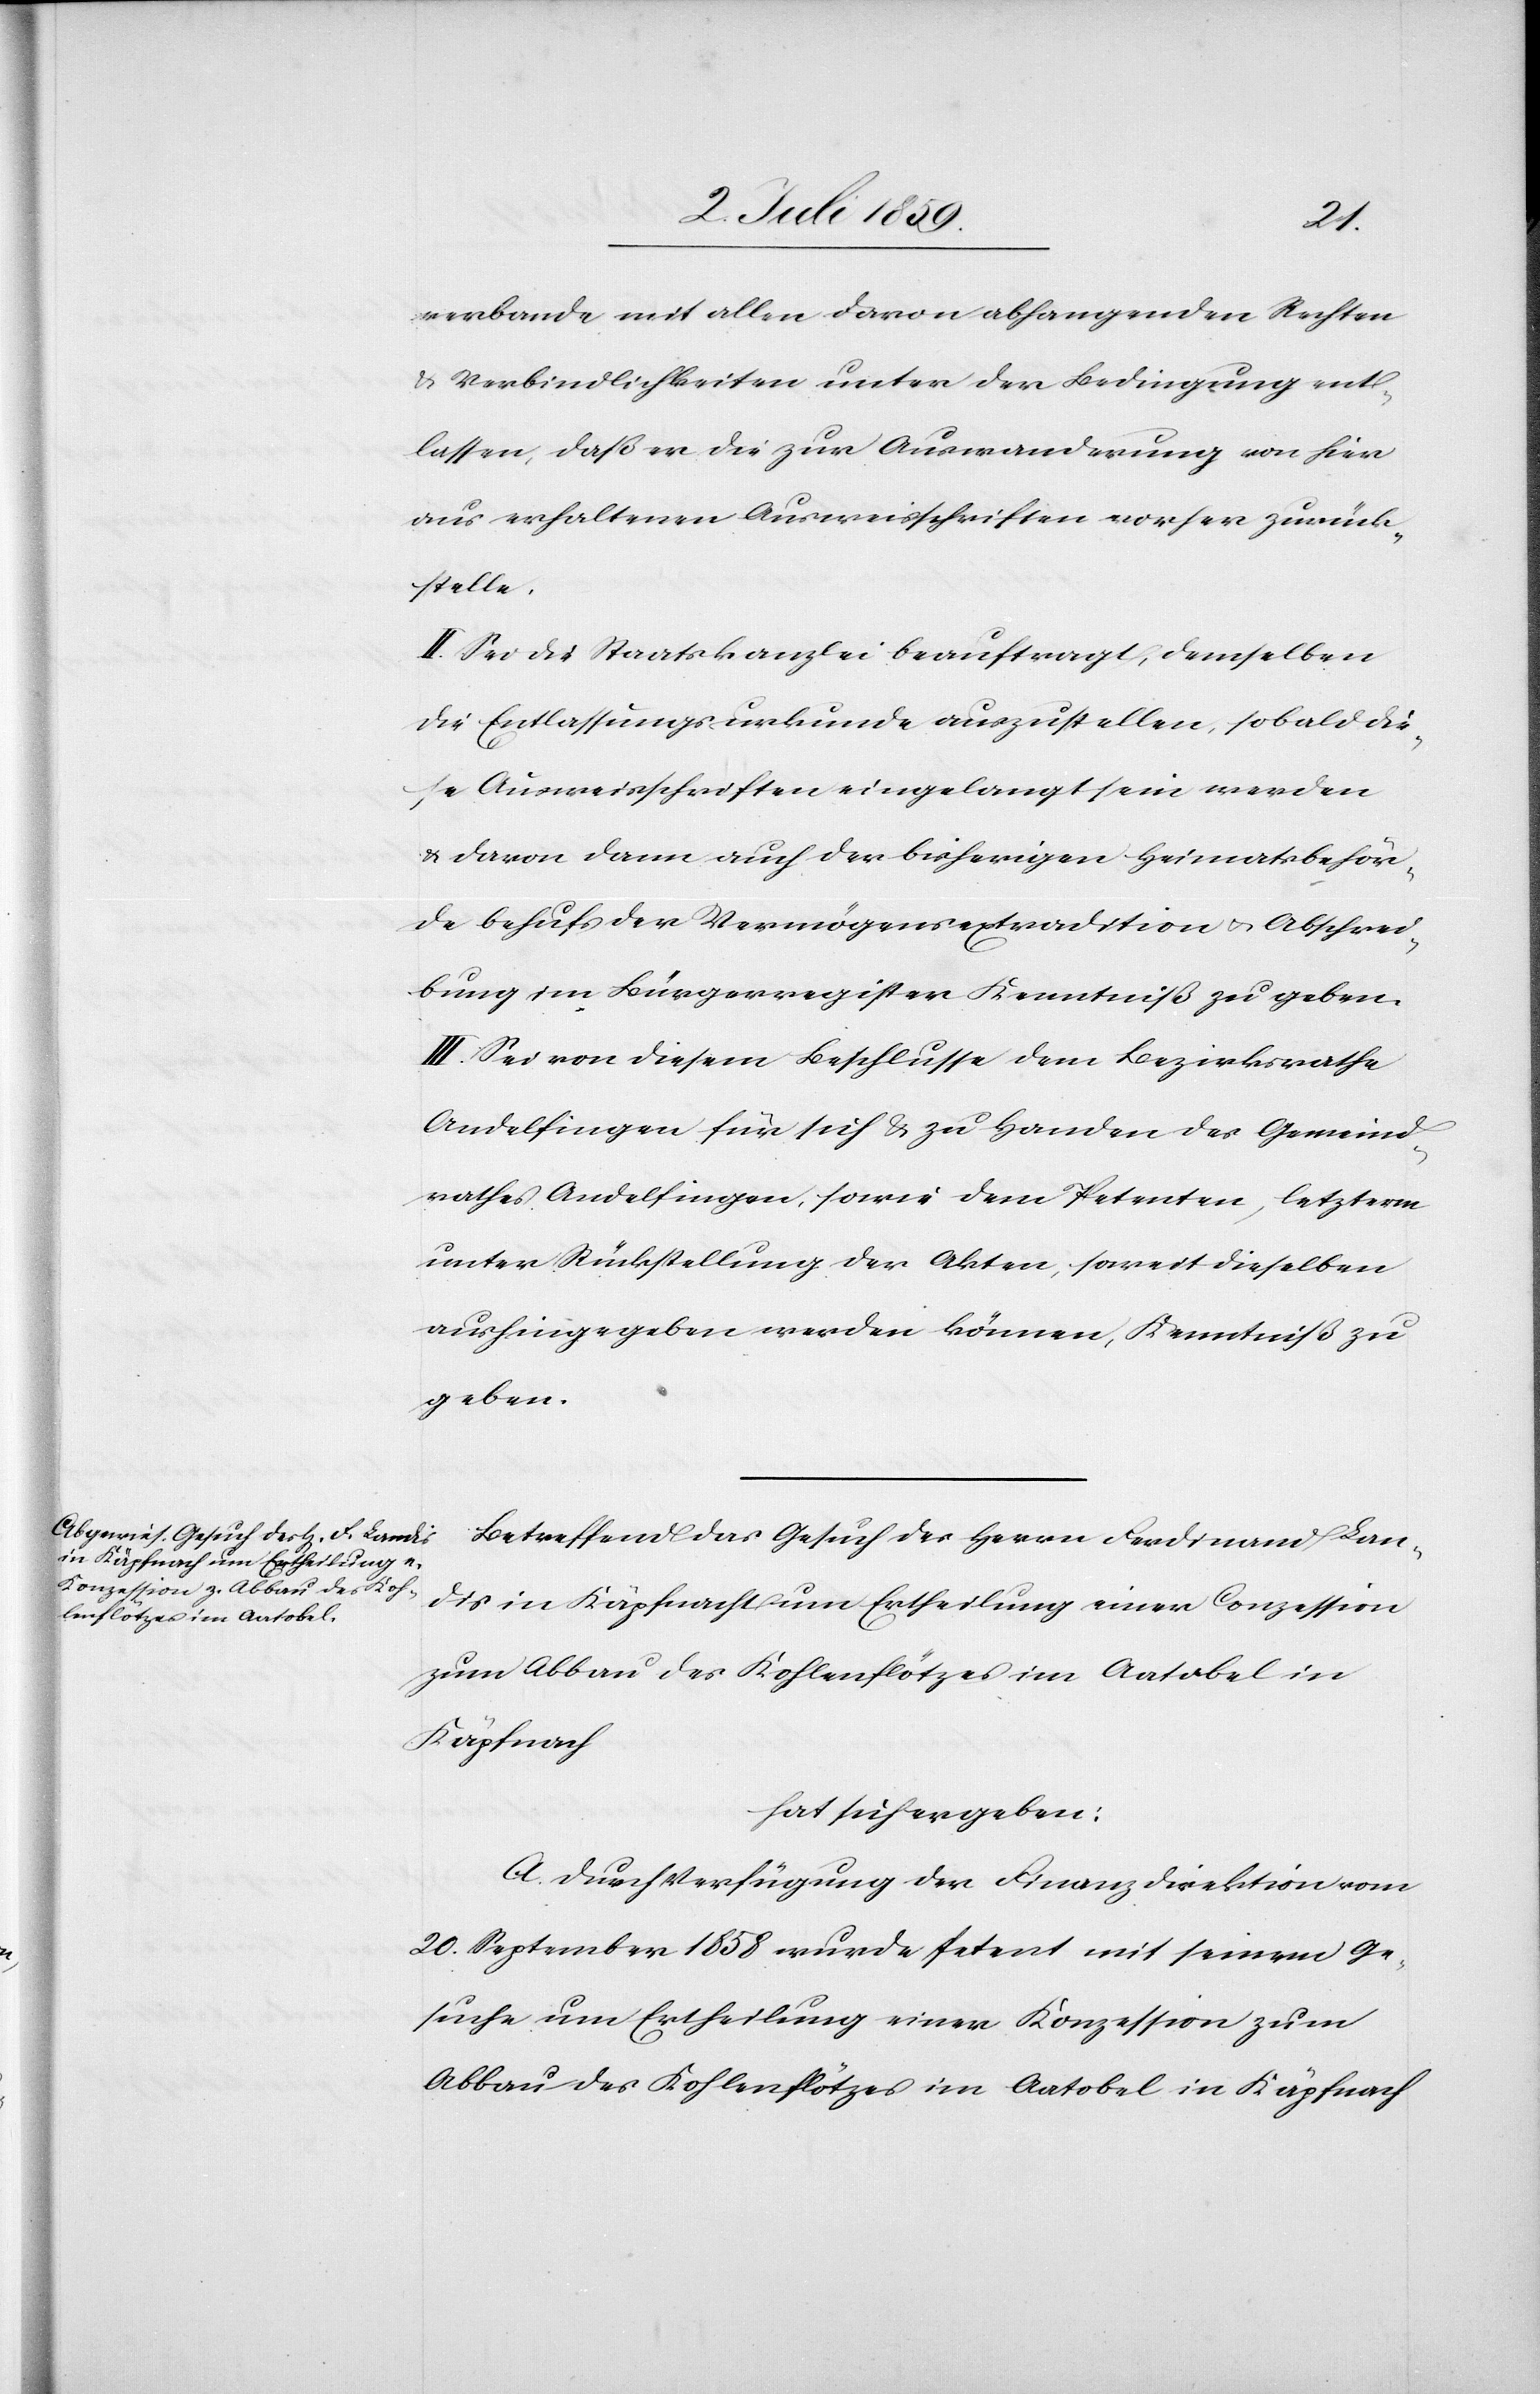
verbande mit allen davon abhangenden Rechten
u. Verbindlichkeiten unter der Bedingung ent¬
lassen, daß er die zur Auswanderung von hier
aus erhaltenen Ausweisschriften vorher zurück¬
stelle.
II. Sei die Staatskanzlei beauftragt, demselben
die Entlassungsurkunde auszustellen, sobald die¬
se Ausweisschriften eingelangt sein werden
u. davon dann auch der bisherigen Heimatsbehör¬
de behufs der Vermögensextradition u. Abschrei¬
bung im Bürgerregister Kenntniß zu geben.
III. Sei von diesem Beschlusse dem Bezirksrathe
Andelfingen für sich u. zu Handen des Gemeind¬
rathes Andelfingen, sowie dem Petenten, letzterm
unter Rücksendung der Akten, soweit dieselben
aushingegeben werden könne, Kenntniß zu
geben.
Betreffend das Gesuch des Herrn Ferdinand Lan¬
dis in Käpfnacht [sic!] um Ertheilung einer Conzession
zum Abbau des Kohlenflötzes im Aatobel in
Käpfnach
hat sich ergeben:
A. Durch Verfügung der Finanzdirektion vom
20. September 1858 wurde Petent mit seinem Ge¬
suche um Ertheilung einer Konzession zum
Abbau des Kohlenflötzes im Aatobel in Käpfnach